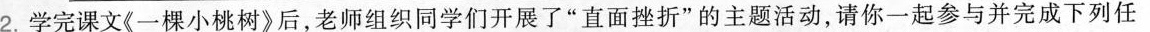
2.学完课文《一棵小桃树》后，老师组织同学们开展了”直面挫折”的主题活动，请你一起参与并完成下列任